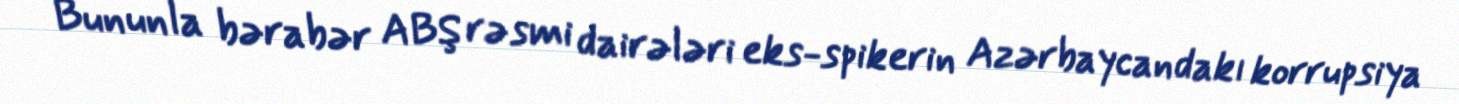
Bununla bərabər ABŞ rəsmi dairələri eks-spikerin Azərbaycandakı korrupsiya